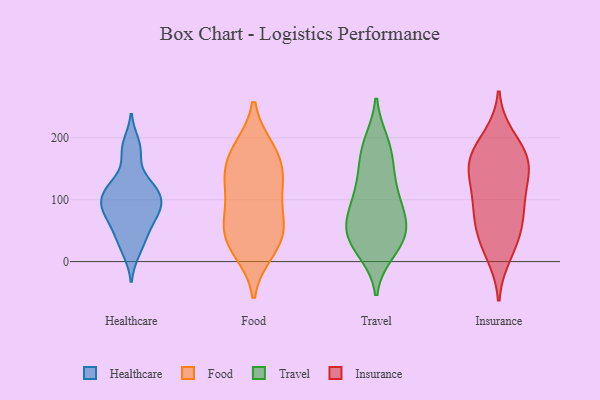
{"axis": {"x": "Satisfaction Score", "y": "Value"}, "legend": ["Food", "Healthcare", "Insurance", "Travel"], "data": [{"x": "", "y": 115, "type": "Healthcare"}, {"x": "", "y": 105, "type": "Healthcare"}, {"x": "", "y": 172, "type": "Healthcare"}, {"x": "", "y": 81, "type": "Healthcare"}, {"x": "", "y": 15, "type": "Healthcare"}, {"x": "", "y": 125, "type": "Healthcare"}, {"x": "", "y": 80, "type": "Healthcare"}, {"x": "", "y": 49, "type": "Healthcare"}, {"x": "", "y": 41, "type": "Healthcare"}, {"x": "", "y": 191, "type": "Healthcare"}, {"x": "", "y": 120, "type": "Healthcare"}, {"x": "", "y": 94, "type": "Healthcare"}, {"x": "", "y": 78, "type": "Healthcare"}, {"x": "", "y": 68, "type": "Food"}, {"x": "", "y": 56, "type": "Food"}, {"x": "", "y": 25, "type": "Food"}, {"x": "", "y": 79, "type": "Food"}, {"x": "", "y": 137, "type": "Food"}, {"x": "", "y": 29, "type": "Food"}, {"x": "", "y": 179, "type": "Food"}, {"x": "", "y": 132, "type": "Food"}, {"x": "", "y": 183, "type": "Food"}, {"x": "", "y": 58, "type": "Food"}, {"x": "", "y": 125, "type": "Food"}, {"x": "", "y": 16, "type": "Food"}, {"x": "", "y": 178, "type": "Food"}, {"x": "", "y": 132, "type": "Food"}, {"x": "", "y": 117, "type": "Travel"}, {"x": "", "y": 193, "type": "Travel"}, {"x": "", "y": 144, "type": "Travel"}, {"x": "", "y": 37, "type": "Travel"}, {"x": "", "y": 60, "type": "Travel"}, {"x": "", "y": 19, "type": "Travel"}, {"x": "", "y": 32, "type": "Travel"}, {"x": "", "y": 53, "type": "Travel"}, {"x": "", "y": 107, "type": "Travel"}, {"x": "", "y": 63, "type": "Travel"}, {"x": "", "y": 41, "type": "Travel"}, {"x": "", "y": 154, "type": "Travel"}, {"x": "", "y": 16, "type": "Travel"}, {"x": "", "y": 193, "type": "Travel"}, {"x": "", "y": 175, "type": "Travel"}, {"x": "", "y": 100, "type": "Travel"}, {"x": "", "y": 68, "type": "Travel"}, {"x": "", "y": 86, "type": "Travel"}, {"x": "", "y": 176, "type": "Insurance"}, {"x": "", "y": 31, "type": "Insurance"}, {"x": "", "y": 63, "type": "Insurance"}, {"x": "", "y": 144, "type": "Insurance"}, {"x": "", "y": 179, "type": "Insurance"}, {"x": "", "y": 158, "type": "Insurance"}, {"x": "", "y": 12, "type": "Insurance"}, {"x": "", "y": 145, "type": "Insurance"}, {"x": "", "y": 87, "type": "Insurance"}, {"x": "", "y": 149, "type": "Insurance"}, {"x": "", "y": 200, "type": "Insurance"}, {"x": "", "y": 46, "type": "Insurance"}, {"x": "", "y": 88, "type": "Insurance"}, {"x": "", "y": 103, "type": "Insurance"}]}